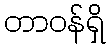
တာဝန်ရှိ